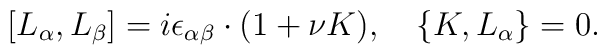
[L_\alpha,L_\beta]=i\epsilon_{\alpha\beta}\cdot(1+\nu K),\quad\{K,L_\alpha\}=0.